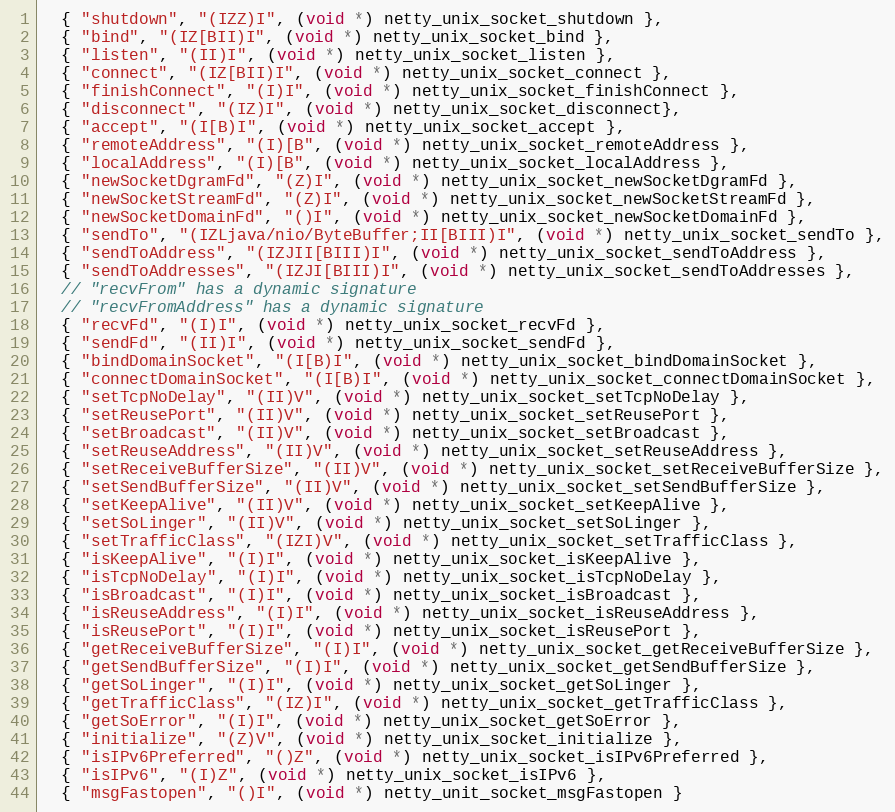
Language: C
  { "shutdown", "(IZZ)I", (void *) netty_unix_socket_shutdown },
  { "bind", "(IZ[BII)I", (void *) netty_unix_socket_bind },
  { "listen", "(II)I", (void *) netty_unix_socket_listen },
  { "connect", "(IZ[BII)I", (void *) netty_unix_socket_connect },
  { "finishConnect", "(I)I", (void *) netty_unix_socket_finishConnect },
  { "disconnect", "(IZ)I", (void *) netty_unix_socket_disconnect},
  { "accept", "(I[B)I", (void *) netty_unix_socket_accept },
  { "remoteAddress", "(I)[B", (void *) netty_unix_socket_remoteAddress },
  { "localAddress", "(I)[B", (void *) netty_unix_socket_localAddress },
  { "newSocketDgramFd", "(Z)I", (void *) netty_unix_socket_newSocketDgramFd },
  { "newSocketStreamFd", "(Z)I", (void *) netty_unix_socket_newSocketStreamFd },
  { "newSocketDomainFd", "()I", (void *) netty_unix_socket_newSocketDomainFd },
  { "sendTo", "(IZLjava/nio/ByteBuffer;II[BIII)I", (void *) netty_unix_socket_sendTo },
  { "sendToAddress", "(IZJII[BIII)I", (void *) netty_unix_socket_sendToAddress },
  { "sendToAddresses", "(IZJI[BIII)I", (void *) netty_unix_socket_sendToAddresses },
  // "recvFrom" has a dynamic signature
  // "recvFromAddress" has a dynamic signature
  { "recvFd", "(I)I", (void *) netty_unix_socket_recvFd },
  { "sendFd", "(II)I", (void *) netty_unix_socket_sendFd },
  { "bindDomainSocket", "(I[B)I", (void *) netty_unix_socket_bindDomainSocket },
  { "connectDomainSocket", "(I[B)I", (void *) netty_unix_socket_connectDomainSocket },
  { "setTcpNoDelay", "(II)V", (void *) netty_unix_socket_setTcpNoDelay },
  { "setReusePort", "(II)V", (void *) netty_unix_socket_setReusePort },
  { "setBroadcast", "(II)V", (void *) netty_unix_socket_setBroadcast },
  { "setReuseAddress", "(II)V", (void *) netty_unix_socket_setReuseAddress },
  { "setReceiveBufferSize", "(II)V", (void *) netty_unix_socket_setReceiveBufferSize },
  { "setSendBufferSize", "(II)V", (void *) netty_unix_socket_setSendBufferSize },
  { "setKeepAlive", "(II)V", (void *) netty_unix_socket_setKeepAlive },
  { "setSoLinger", "(II)V", (void *) netty_unix_socket_setSoLinger },
  { "setTrafficClass", "(IZI)V", (void *) netty_unix_socket_setTrafficClass },
  { "isKeepAlive", "(I)I", (void *) netty_unix_socket_isKeepAlive },
  { "isTcpNoDelay", "(I)I", (void *) netty_unix_socket_isTcpNoDelay },
  { "isBroadcast", "(I)I", (void *) netty_unix_socket_isBroadcast },
  { "isReuseAddress", "(I)I", (void *) netty_unix_socket_isReuseAddress },
  { "isReusePort", "(I)I", (void *) netty_unix_socket_isReusePort },
  { "getReceiveBufferSize", "(I)I", (void *) netty_unix_socket_getReceiveBufferSize },
  { "getSendBufferSize", "(I)I", (void *) netty_unix_socket_getSendBufferSize },
  { "getSoLinger", "(I)I", (void *) netty_unix_socket_getSoLinger },
  { "getTrafficClass", "(IZ)I", (void *) netty_unix_socket_getTrafficClass },
  { "getSoError", "(I)I", (void *) netty_unix_socket_getSoError },
  { "initialize", "(Z)V", (void *) netty_unix_socket_initialize },
  { "isIPv6Preferred", "()Z", (void *) netty_unix_socket_isIPv6Preferred },
  { "isIPv6", "(I)Z", (void *) netty_unix_socket_isIPv6 },
  { "msgFastopen", "()I", (void *) netty_unit_socket_msgFastopen }